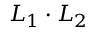
L _ { 1 } \cdot L _ { 2 }